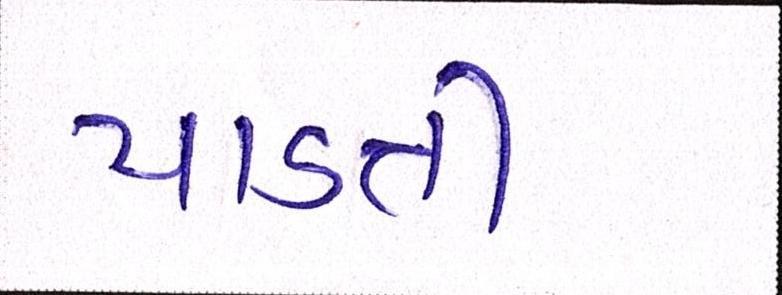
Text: પાડતી